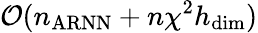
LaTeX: \mathcal{O}(n_{\mathrm{ARNN}}+n\chi^{2}h_{\mathrm{dim}})